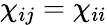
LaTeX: \chi_{ij}=\chi_{ii}